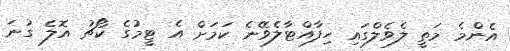
އެންމެ މަތީ ލެވެލްގައި ހިފާއްޓާލެވޭނެ ކަމަށް އެ ޓީމުގެ ކޯޗު އޮލެ ގުނަ